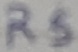
Text: R5